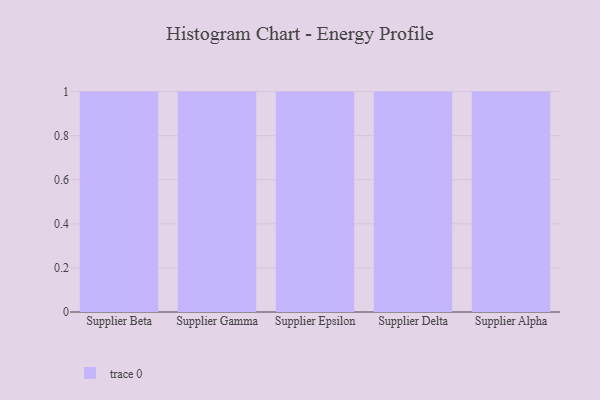
{"axis": {"x": "Supplier", "y": "Waste Production (Tons)"}, "legend": [""], "data": [{"x": "Supplier Beta", "y": 29, "type": ""}, {"x": "Supplier Gamma", "y": 31, "type": ""}, {"x": "Supplier Epsilon", "y": 99, "type": ""}, {"x": "Supplier Delta", "y": 53, "type": ""}, {"x": "Supplier Alpha", "y": 92, "type": ""}]}